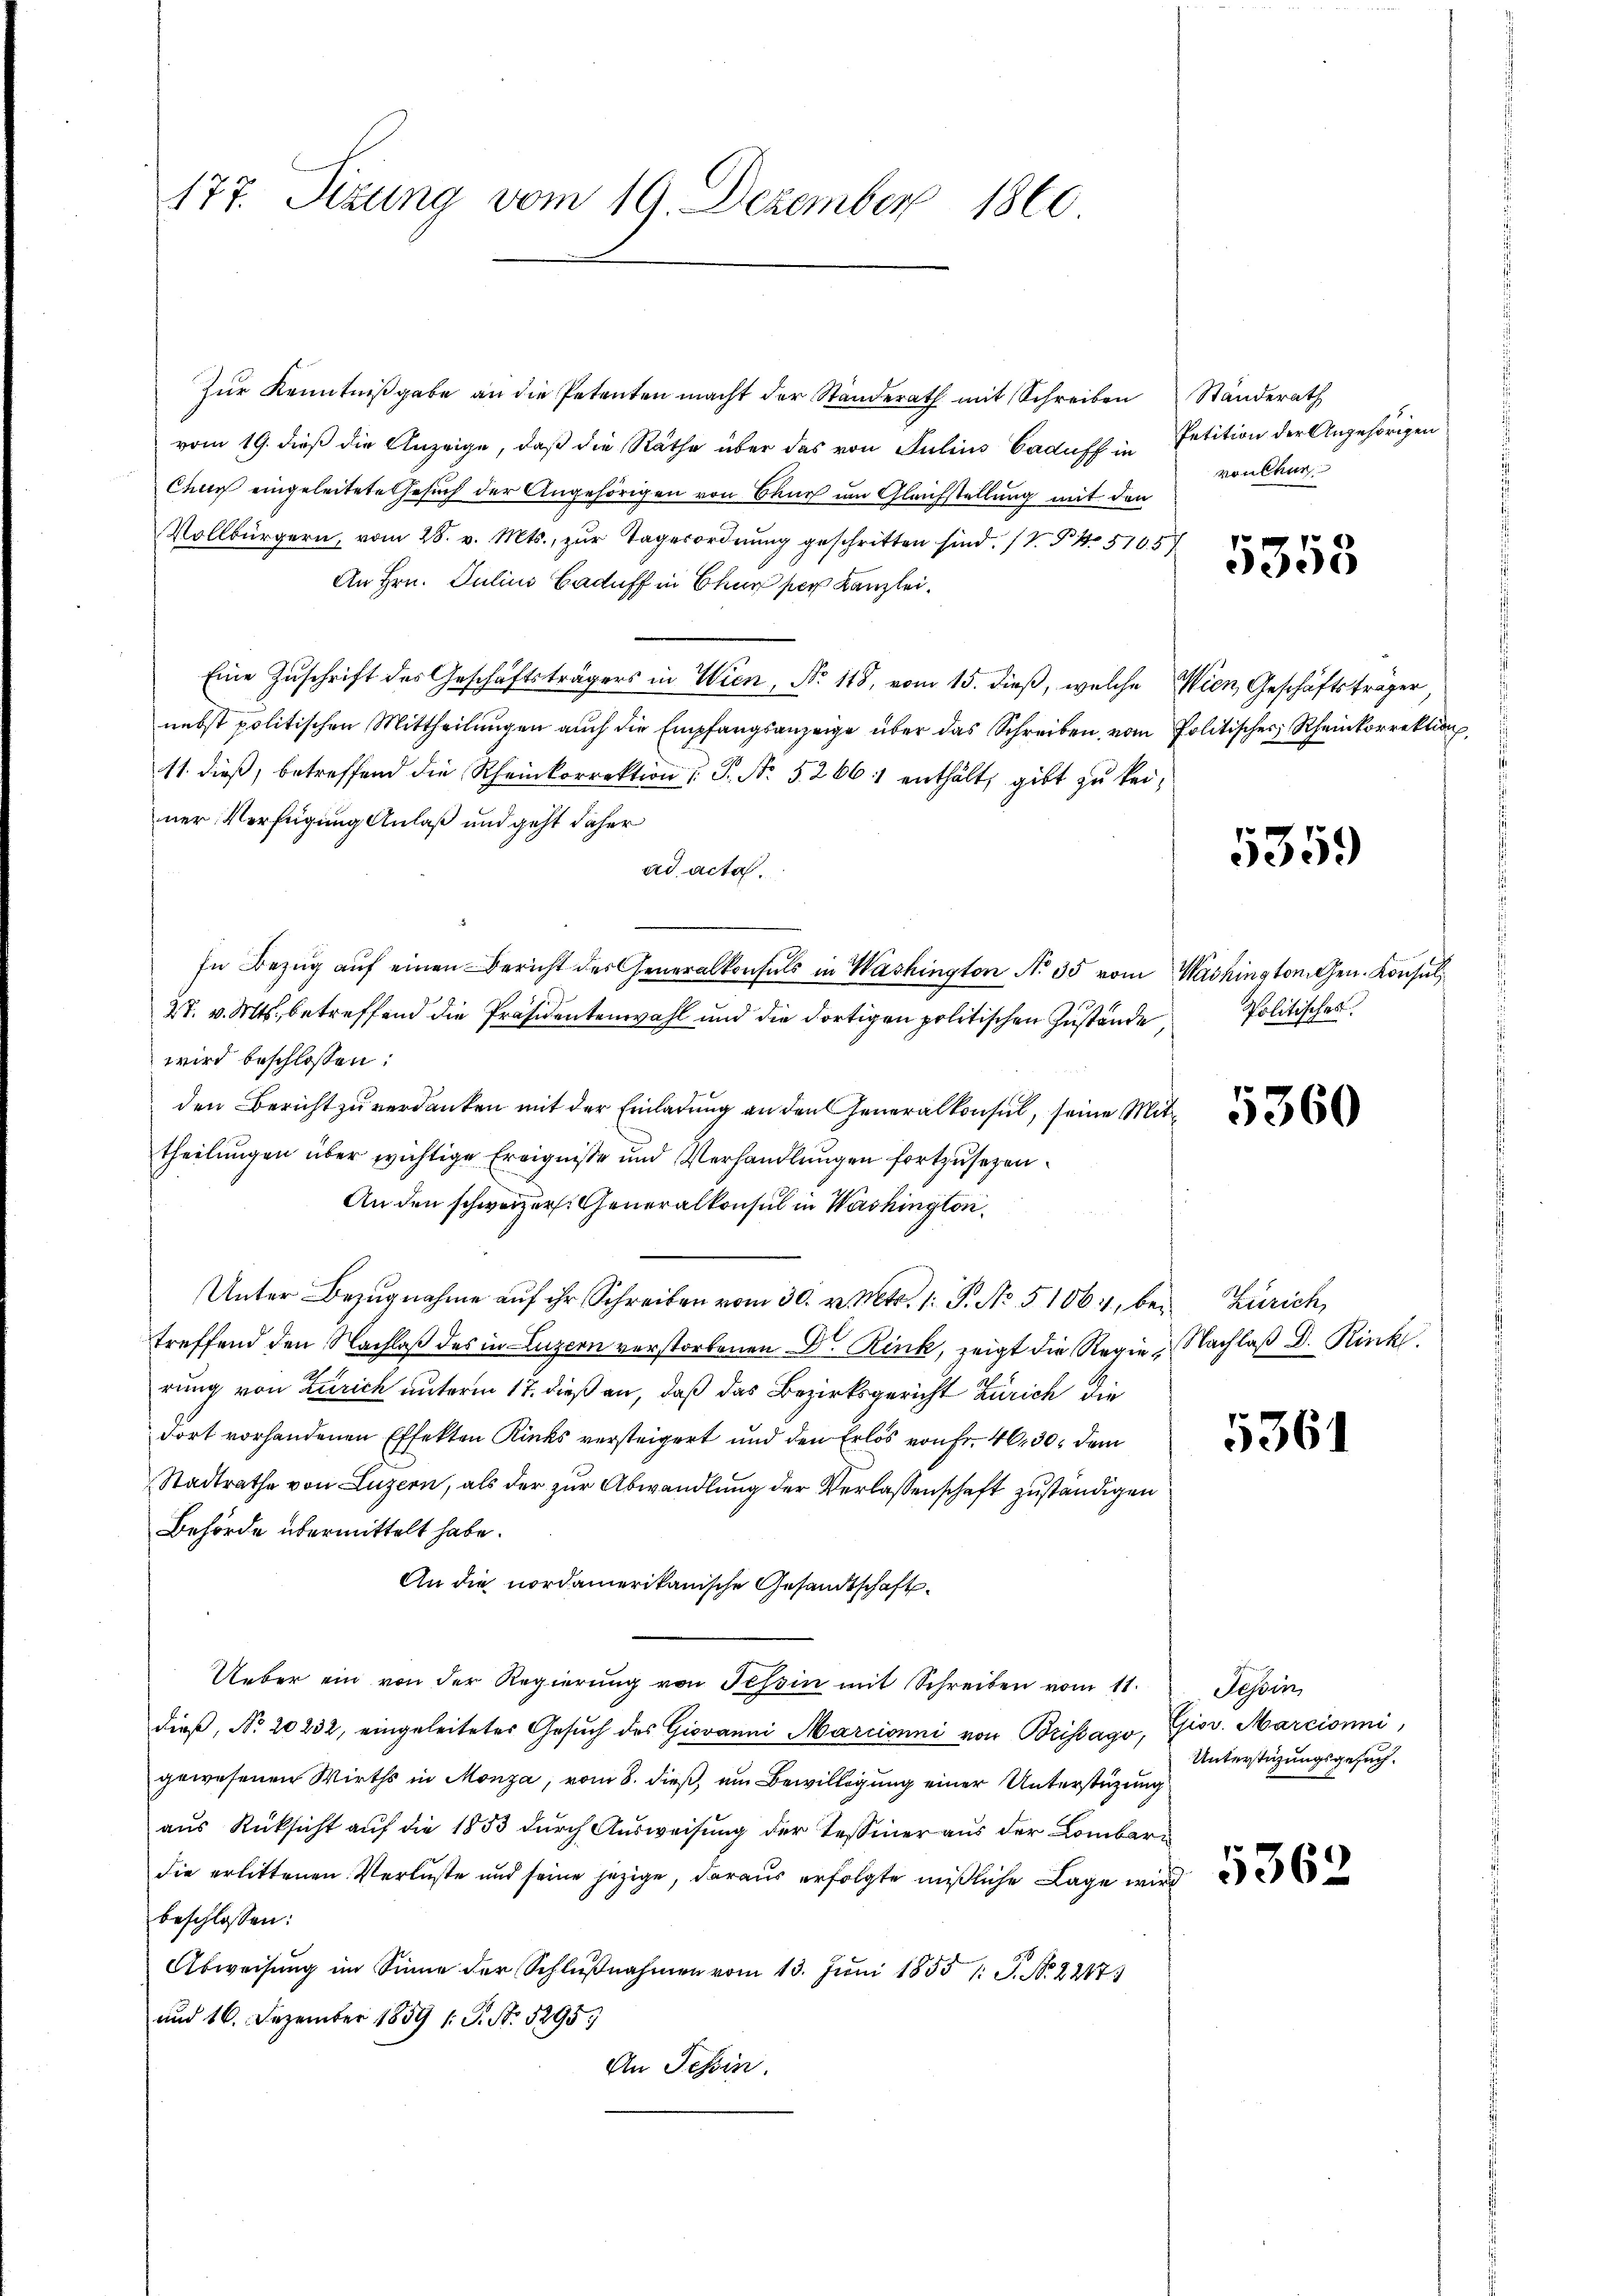
177. Sizung vom 19. Dezember 1860

Zŭr Kenntniβgabe an die Petenten macht der Standerath mit Schreiben Ständerath
vom 19. dieß die Anzeige, daß die Räthe über das von Julius Caduff in Petition der Angehörigen
Chur eingeleitete Gesuch der Angehörigen von Baur um Gleichstellung mit den
Vollbürgern, vom 28. v. Mts., zŭr Tagesordnŭng geschritten sind. V. P. 4. 5765
An Hrn. Julius Baduff in Bhar per Kanzlei¬
Eine Zuschrift des Geschäftsträgers in Wien, No 118, vom 15. dieß, welche Wien, Geschäftsträger,
nebst politischen Mittheilungen auch die Empfangsanzeige über das Schreiben, vom Politisches Rheinkorrektion,
11. dieß, betreffend die Rheinkorrektion : P. Nr. 5266 enthält, gibt zu keiner Verfügung Anlaß und geht daher
ad acta.
In Bezug auf einen Bericht des Generalkonsuls in Washington No 35 vom Washington. Gen. Konsul¬
27. v. Mts., betreffend die Präsidentenwahl und die dortigen politischen Zustande
wird beschlossen:
den Bericht zu verdanken mit der Einladung an den Generalkonsul, seine Mittheilungen über wichtige Ereignisse und Verhandlungen fortzusehen.
An den schweizer. Generalkonsul in Washington¬
Unter Bezugnahme aŭf ihr Schreiben vom 30. v. Mts. 1. P. No. 51061, bei Zürich
treffend den Nachlaß des in Luzern verstorbenen Dr. Rink, zeigt die Regie Nachlaβ D. Rink
rung von Zürich unterm 17. dieß an, daß das Bezirksgericht Zürich die
dort vorhandenen Effekten Kinks versteigert und den Erlös von Fr. 40, 30. dem
Stadtrathe von Luzern, als der zur Abwandlung der Verlassenschaft zuständigen
Behörde übermittelt habe.
An die nordamerikanische Gesandtschaft¬
Ueber ein von der Regierŭng von Tessin mit Schreiben vom 11.
dieß, No. 20232, eingeleiteter Gesuch des Giovanni Marcionni von Brissago, Giov. Marcioni,
gewesenen Wirths in Monza, vom 8. dieß, um Bewilligung einer Unterstüzung
aus Rüksicht auf die 1853 durch Ausweisung der Tessiner aus der Lombardie er sein jezige, daraus erfolgte mißliche Lage wird
beschlossen:
Abweisung im Sinne der Schlußnahmen vom 13. Juni 1855 1: P. Nr. 2247
und 16. Dezember 1859 (: P. Nr. 1295)
An Tessin.

von Chur

5358

5359

Politisches

5360

5361

Sesoin,
Unterstüzungsgesuch.